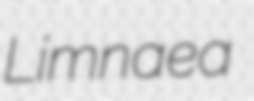
Limnaea